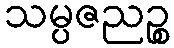
သမ္ပဇညဉ္စ